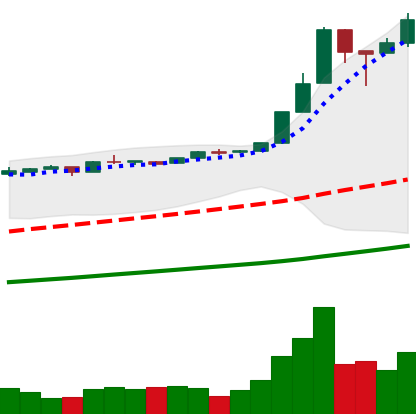
Ticker: BTC-USD
Chart end date: 2016-12-27
Forward return: 6.979%
Label: up_5_7